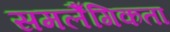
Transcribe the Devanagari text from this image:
समलैँगिकता